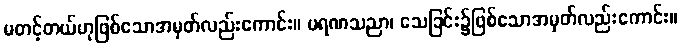
မတင့်တယ်ဟုဖြစ်သောအမှတ်လည်းကောင်း။ မရဏသညာ၊ သေခြင်း၌ဖြစ်သောအမှတ်လည်းကောင်း။